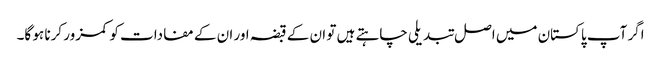
اگر آپ پاکستان میں اصل تبدیلی چاہتے ہیں تو ان کے قبضہ اور ان کے مفادات کو کمزور کرنا ہو گا۔